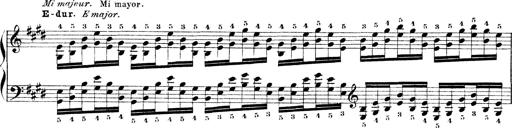
Title: Technische Studien
Composer: Franz Liszt